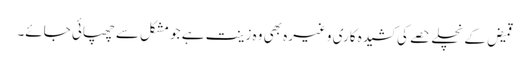
قمیض کے نچلے حصے کی کشیدہ کاری وغیرہ بھی وہ زینت ہے جو مشکل سے چھپائی جائے۔